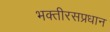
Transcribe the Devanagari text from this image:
भक्तीरसप्रधान